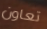
تعاون